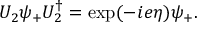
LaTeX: U _ { 2 } \psi _ { + } U _ { 2 } ^ { \dagger } = \exp ( - i e \eta ) \psi _ { + } .